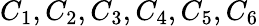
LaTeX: C_{1},C_{2},C_{3},C_{4},C_{5},C_{6}